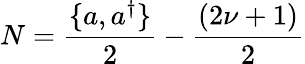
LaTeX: N={\frac{\{ a,a^{\dagger}\} }{2}}-{\frac{(2\nu+1)}{2}}